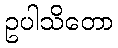
ဥပါသိတော